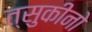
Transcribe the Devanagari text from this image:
त्सुकीनो